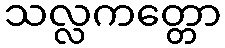
သလ္လကတ္တော